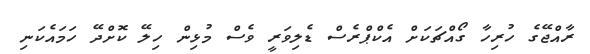
ރާއްޖޭގެ ހުރިހާ ގޯއްޗަކަށް އެކްޕްރެސް ޑެލިވަރީ ވެސް މުޅިން ހިލޭ ކޮށްދޭ ހަމައެކަނި